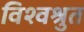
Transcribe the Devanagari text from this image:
विश्वश्रुत